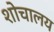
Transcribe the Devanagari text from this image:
शोचालय